NAE_ERA_R-2362_Emakeele_Selts, lk 2
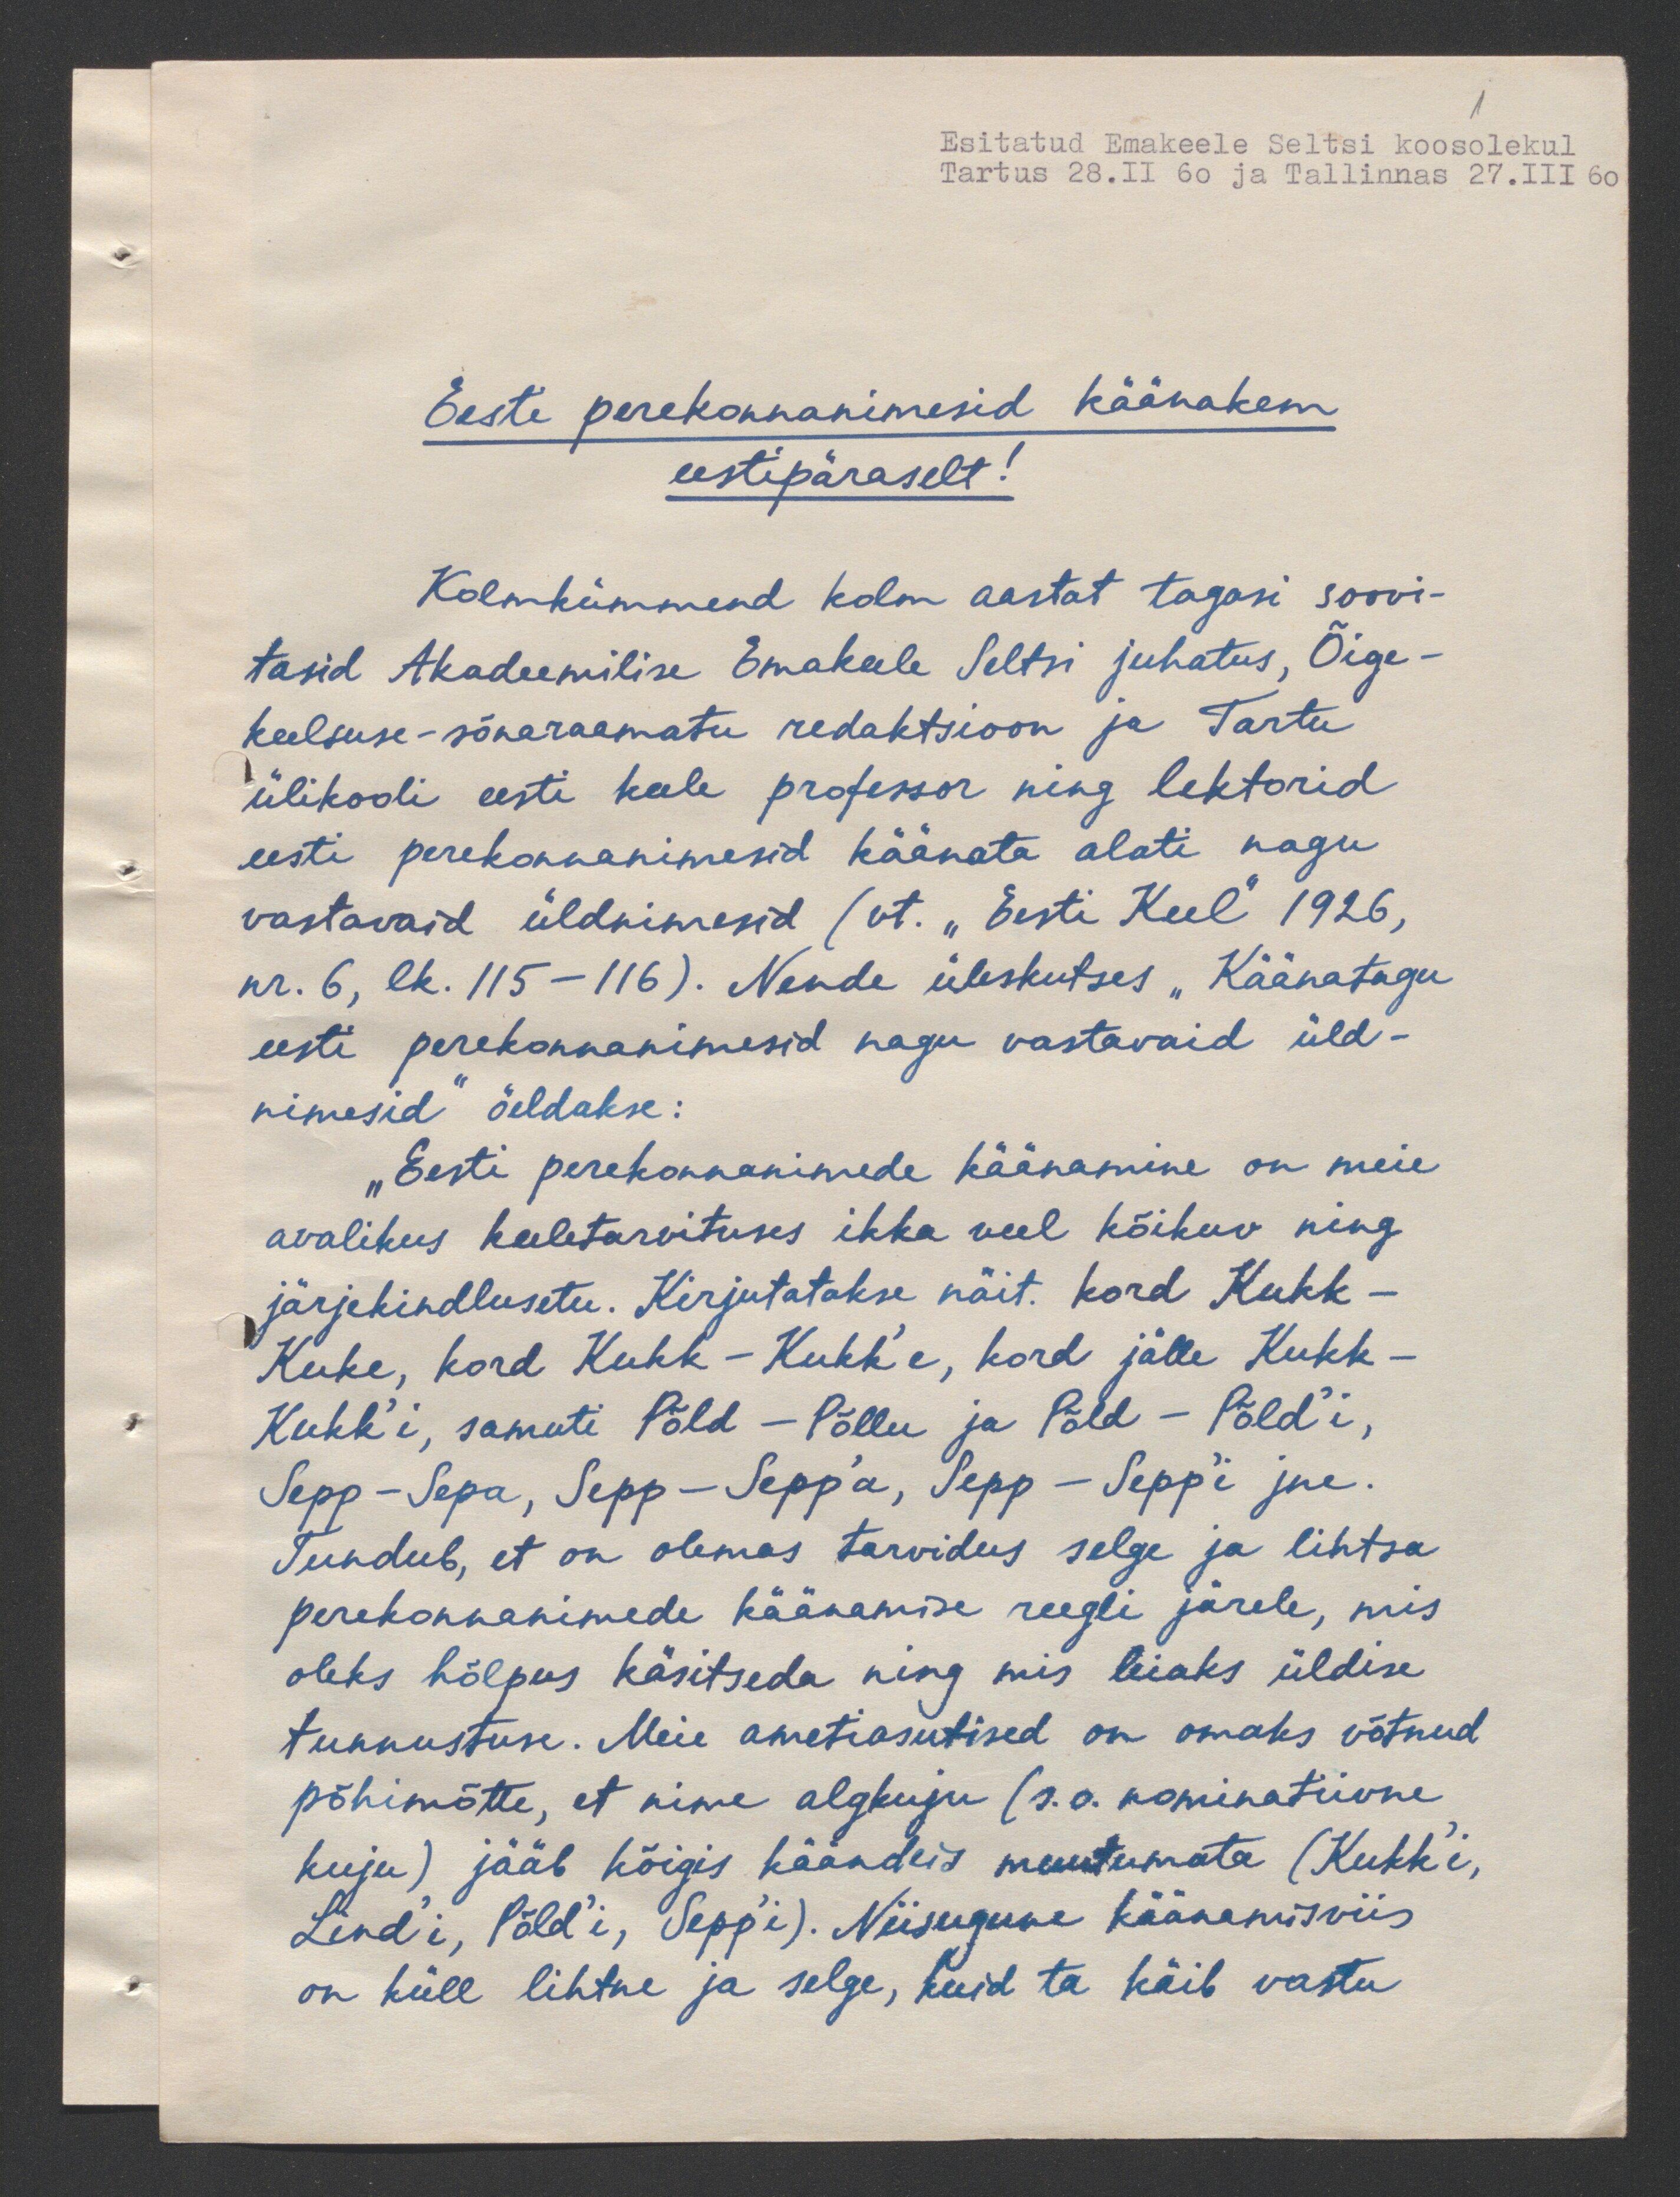
1
Esitatud Emakeele Seltsi koosolekul
Tartus 28.II 60 ja Tallinnas 27.III 60

Eesti perekonnanimesid käänakem
eestipäraselt!
Kolmkümmend kolm aastat tagasi soovi-
tasid Akadeemilise Emakeele Seltsi juhatus, Õige-
keelsuse-sõnaraamatu redaktsioon ja Tartu
ülikooli eesti keele professor ning lektorid
eesti perekonnanimesid käänata alati nagu
vastavaid üldnimesid (vt. "Eesti Keel" 1926,
nr. 6, lk. 115-116). Nende üleskutses "Käänatagu
eesti perekonnanimesid nagu vastavaid üld-
nimesid öeldakse:
"Eesti perekonnanimede käänamine on meie
avalikus keeletarvituses ikka veel kõikuv ning
järjekindlusetu. Kirjutatakse näit. kord Kukk-
Kuke, kord Kukk - Kukk'e, kord jälle Kukk-
Kukk'i, samuti Põld - Põllu ja Põld - Põld'i,
Sepp-Sepa, Sepp-Seppa, Sepp - Sepp'i jne.
Tundub, et on olemas tarvidus selge ja lihtsa
perekonnanimede käänamise reegli järele, mis
oleks hõlpus käsitseda ning mis leiaks üldise
tunnustuse. Meie ametiasutised on omaks võtnud
põhimõtte, et nime algkuju (s.o. nominatiivne
kuju) jääb kõigis käändeis muutumata (Kukk'i,
Lind'i, Põld'i, Sepp'i). Niisugune käänamisviis
on küll lihtne ja selge, kuid ta käib vastu